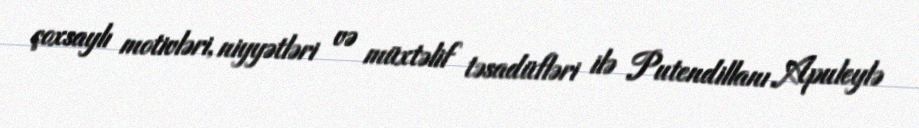
çoxsaylı motivləri, niyyətləri və müxtəlif təsadüfləri ilə Putendillanı Apuleylə